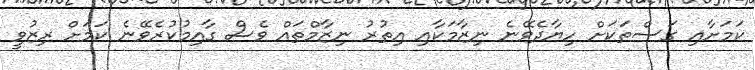
ކަމަށާއި ގަސްތަކަށް ހިޔާދެވޭނެ ނިޒާމަކާއި އިތުރު ނިޒާމްތައް ވެސް ގާއިމުކުރެވޭނެ ކަމަށް ރިޒުވީ